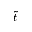
\tilde { t }